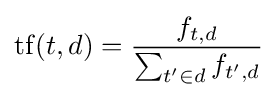
\mathrm {tf} (t,d)={\frac {f_{t,d}}{\sum _{t'\in d}{f_{t',d}}}}